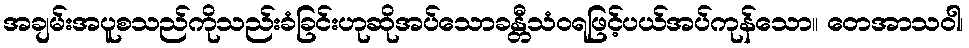
အချမ်းအပူစသည်ကိုသည်းခံခြင်းဟုဆိုအပ်သောခန္တီသံဝရဖြင့်ပယ်အပ်ကုန်သော။ တေအာသဝါ၊